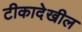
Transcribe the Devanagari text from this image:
टीकादेखील